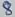
Text: 8